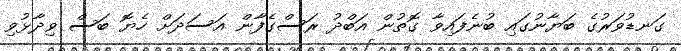
ގަނޑުވަރުގެ ބަޔާނުގައި ބުނެފައިވާ ގޮތުން އަބްދު ރަސްގެފާން އަސަދަށް ހެޔޮ ބަސް ވިދާޅުވި